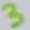
Text: 3